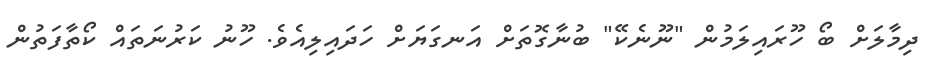
ދިމާލަށް ބޯ ހޫރައިލަމުން "ނޫނެކޭ" ބުނާގޮތަށް އަނގަޔަށް ހަދައިލިއެވެ. ހޫނު ކަރުނަތައް ކޯތާފަތުން